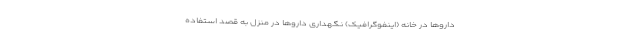
داروها در خانه (اینفوگرافیک) نگهداری داروها در منزل به قصد استفاده